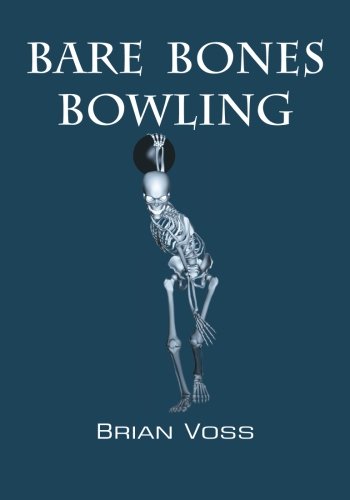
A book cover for Bare Bones Bowling; Brian Voss; Sports & Outdoors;